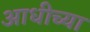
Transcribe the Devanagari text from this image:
आधीच्‍या